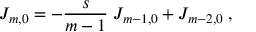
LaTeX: J _ { m , 0 } = - \frac { s } { m - 1 } \; J _ { m - 1 , 0 } + J _ { m - 2 , 0 } \; ,